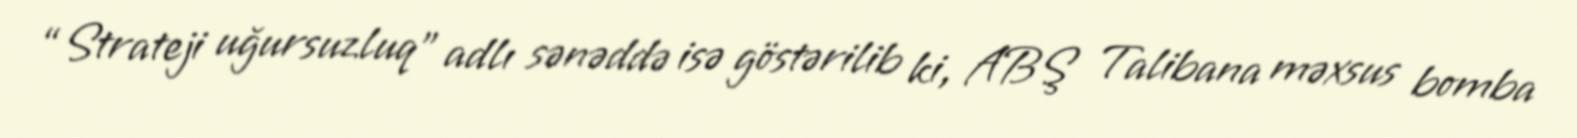
“Strateji uğursuzluq” adlı sənəddə isə göstərilib ki, ABŞ Talibana məxsus bomba